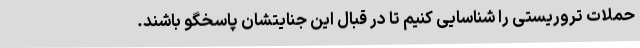
حملات تروریستی را شناسایی کنیم تا در قبال این جنایتشان پاسخگو باشند.